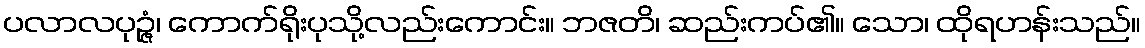
ပလာလပုဉ္ဇံ၊ ကောက်ရိုးပုသို့လည်းကောင်း။ ဘဇတိ၊ ဆည်းကပ်၏။ သော၊ ထိုရဟန်းသည်။